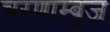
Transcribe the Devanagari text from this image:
चरणाम्बुज